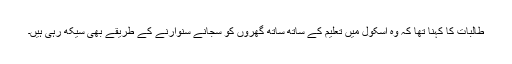
طالبات کا کہنا تھا کہ وہ اسکول میں تعلیم کے ساتھ ساتھ گھروں کو سجانے سنوارنے کے طریقے بھی سیکھ رہی ہیں۔